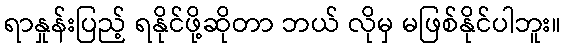
ရာနှုန်းပြည့် ရနိုင်ဖို့ဆိုတာ ဘယ် လိုမှ မဖြစ်နိုင်ပါဘူး။